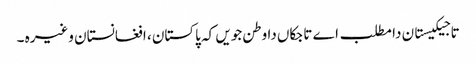
تاجیکیستان دا مطلب اے تاجکاں دا وطن جویں کہ پاکستان ، افغانستان وغیرہ ۔